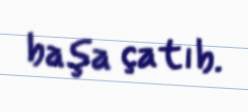
başa çatıb.